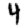
Digit: 4